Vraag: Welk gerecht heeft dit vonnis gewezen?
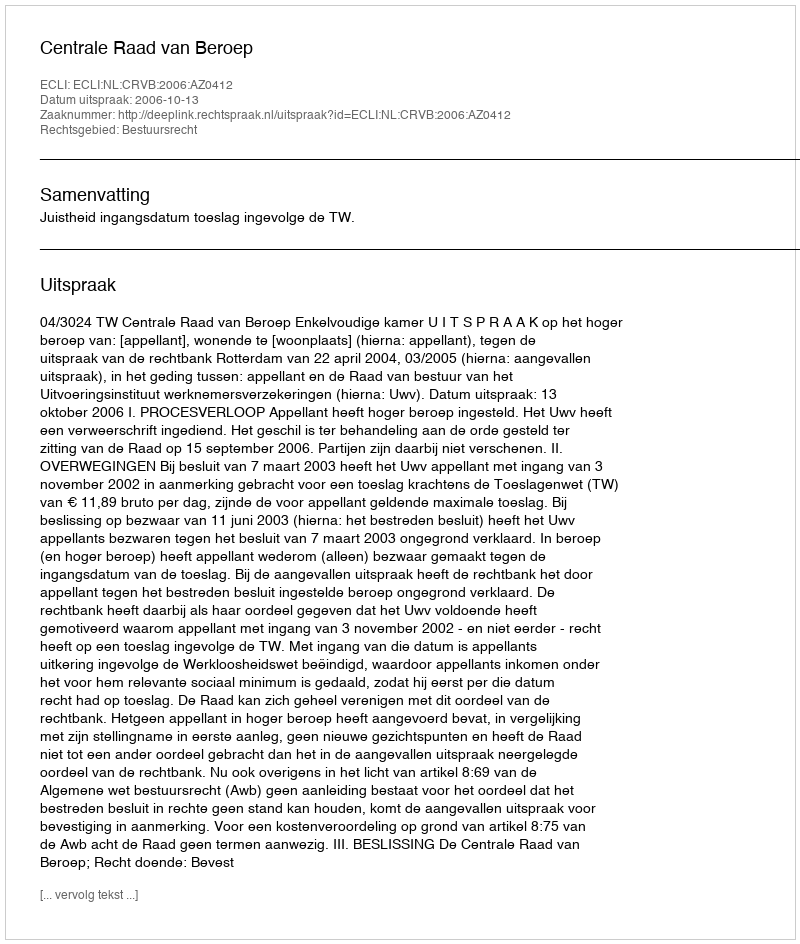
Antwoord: Centrale Raad van Beroep